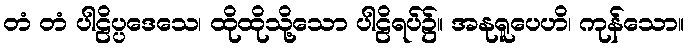
တံ တံ ပါဠိပ္ပဒေသေ၊ ထိုထိုသို့သော ပါဠိရပ်၌။ အနုရူပေဟိ၊ ကုန်သော။